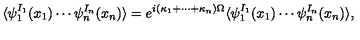
\langle \psi _ { 1 } ^ { I _ { 1 } } ( x _ { 1 } ) \cdots \psi _ { n } ^ { I _ { n } } ( x _ { n } ) \rangle = e ^ { i ( \kappa _ { 1 } + \cdots + \kappa _ { n } ) \Omega } \langle \psi _ { 1 } ^ { I _ { 1 } } ( x _ { 1 } ) \cdots \psi _ { n } ^ { I _ { n } } ( x _ { n } ) \rangle ,